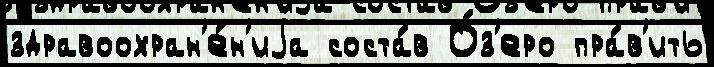
здравоохран'е́н'иjа соста́в О́з'еро пра́в'ить